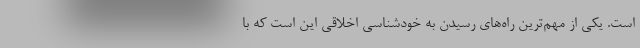
است. یکی از مهم‌ترین راه‌های رسیدن به خودشناسی اخلاقی این است که با